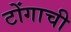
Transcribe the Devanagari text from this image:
टोंगाची